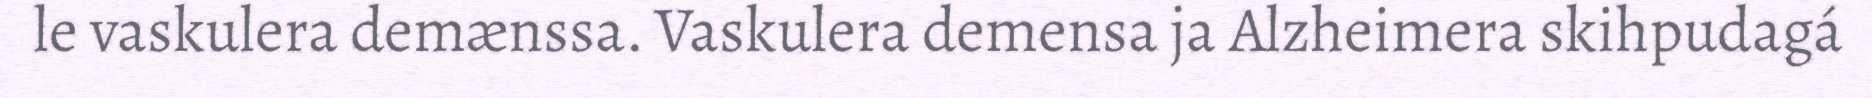
le vaskulera demænssa. Vaskulera demensa ja Alzheimera skihpudagá